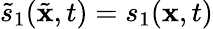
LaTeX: \tilde{s}_{1}(\tilde{\mathbf{x}},t)=s_{1}(\mathbf{x},t)